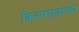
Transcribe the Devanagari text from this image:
किनाराऱ्याच्या